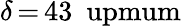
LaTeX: {\delta}\, {=}\, 43~\mathrm{\ upmum}